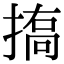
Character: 𢱪